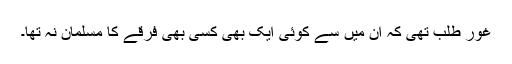
غور طلب تھی کہ ان میں سے کوئی ایک بھی کسی بھی فرقے کا مسلمان نہ تھا۔